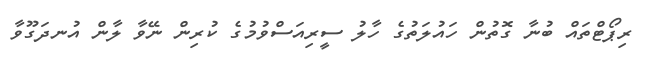
ރިޕޯޓްތައް ބުނާ ގޮތުން ހައުލަތުގެ ހާލު ސީރިއަސްވުމުގެ ކުރިން ނޭވާ ލާން އުނދަގޫވާ